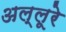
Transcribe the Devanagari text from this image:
अल्लूरे